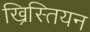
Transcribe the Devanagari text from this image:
ख्रिस्तियन